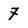
Character: 7